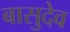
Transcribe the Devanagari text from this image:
बासुदेव